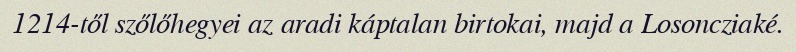
1214-től szőlőhegyei az aradi káptalan birtokai, majd a Losoncziaké.